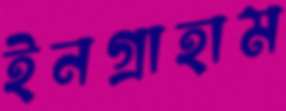
ইনগ্রাহাম